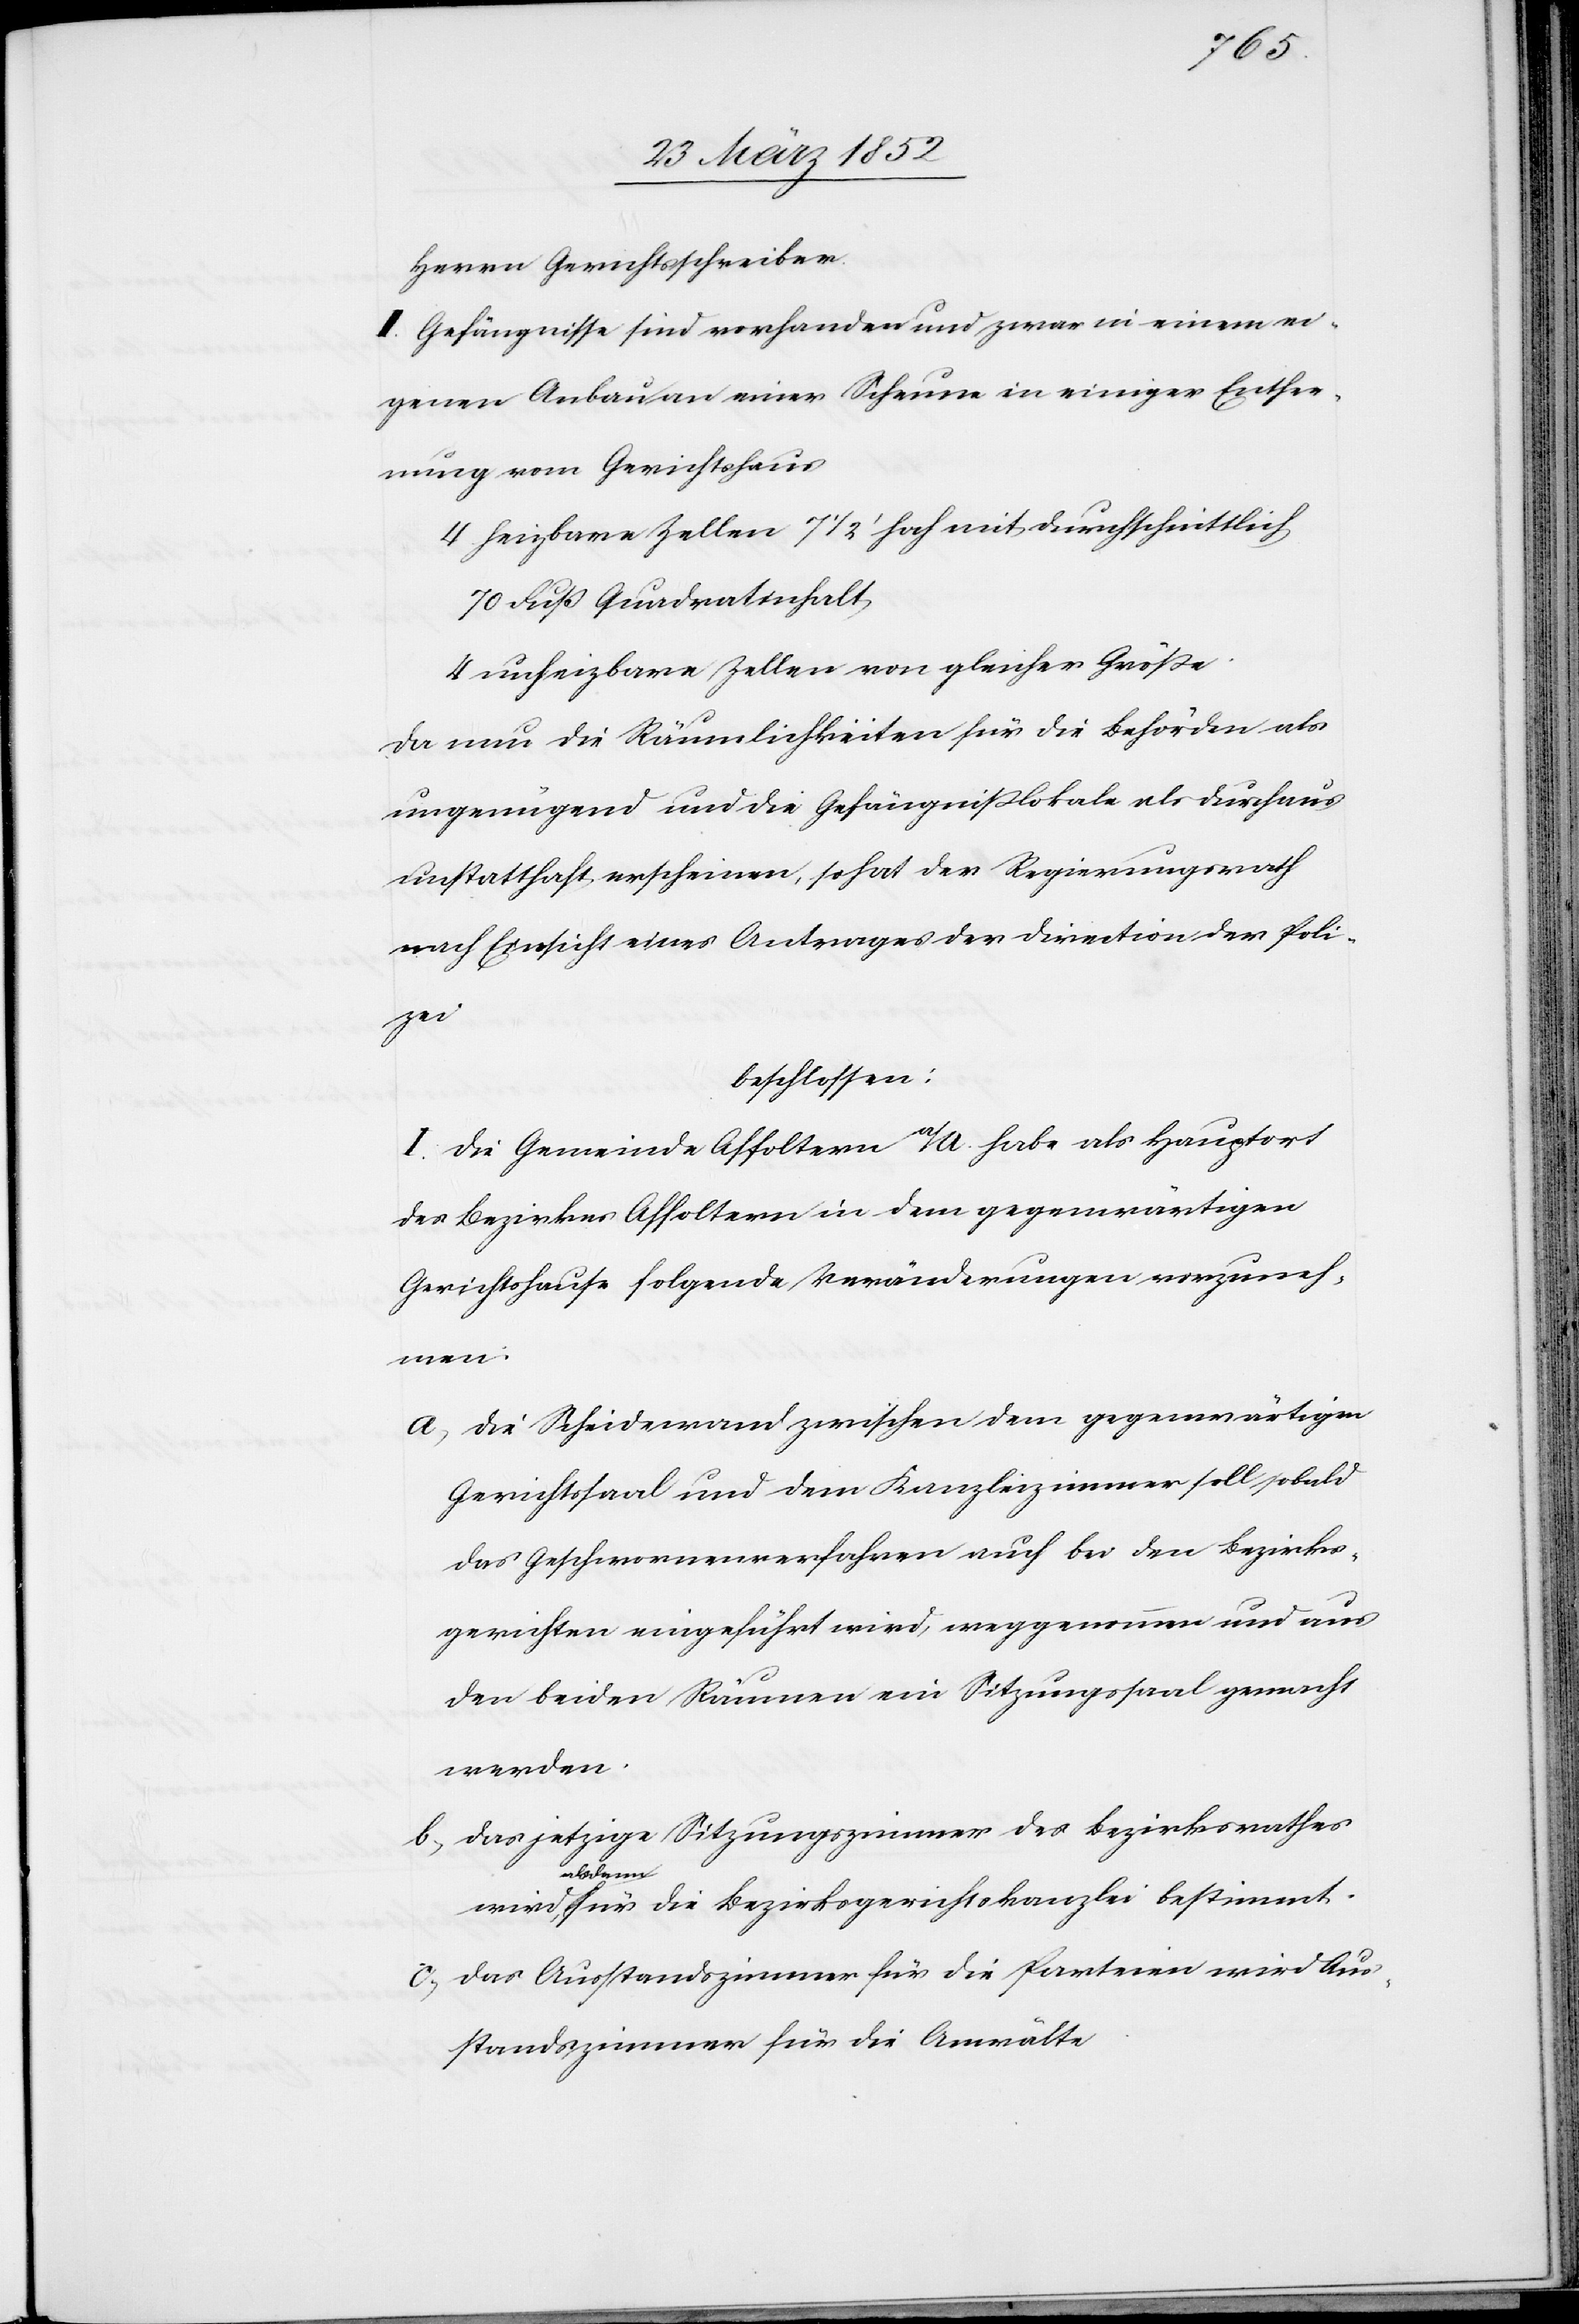
Herrn Gerichtsschreiber.
II. Gefängnisse sind vorhanden und zwar in einem ei¬
genen Anbau an einer Scheune in einiger Entfer¬
nung vom Gerichtshaus
4 heizbare Zellen 7 1/2‘ hoch mit durchschnittlich
70 Fuß Quadratinhalt
4 unheizbare Zellen von gleicher Größe.
Da nun die Räumlichkeiten für die Behörden als
ungenügend und die Gefängnißlokale als durchaus
unstatthaft erscheinen, so hat der Regierungsrath
nach Einsicht eines Antrages der Direction der Poli¬
zei
beschlossen:
I. Die Gemeinde Affoltern a/A. habe als Hauptort
des Bezirkes Affoltern in dem gegenwärtigen
Gerichtshause folgende Veränderungen vorzuneh¬
men.
a) Die Scheidewand zwischen dem gegenwärtigen
Gerichtssaal und dem Kanzleizimmer soll sobald
das Geschwornenverfahren auch bei den Bezirks¬
gerichten eingeführt wird, weggenommen und aus
den beiden Räumen ein Sitzungssaal gemacht
werden.
b) Das jetzige Sitzungszimmer des Bezirksrathes
alsdann
c) Das Ausstandszimmer für die Parteien wird Aus¬
standszimmer für die Anwälte.